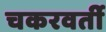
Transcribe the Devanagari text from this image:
चकरवर्ती